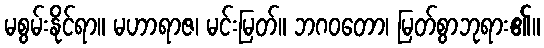
မစွမ်းနိုင်ရာ။ မဟာရာဇ၊ မင်းမြတ်။ ဘဂဝတော၊ မြတ်စွာဘုရား၏။